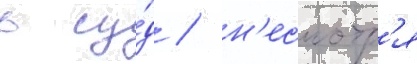
в су́д / н'есмотр'я